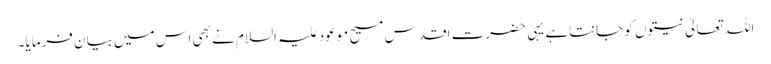
اللہ تعالیٰ نیتوں کو جانتاہے یہی حضرت اقدس مسیح موعود علیہ السلام نے بھی اس میں بیان فرمایا۔